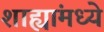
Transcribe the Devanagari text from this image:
शाह्यांमध्ये